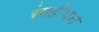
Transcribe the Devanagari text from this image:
रंगदीपन